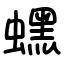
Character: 蟔